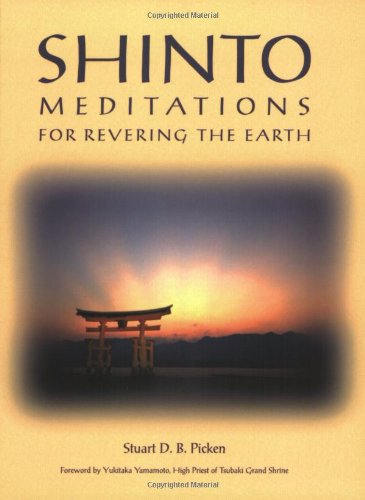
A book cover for Shinto Meditations for Revering the Earth; Stuart D. B. Picken; Religion & Spirituality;